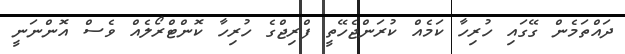
ދައްތަމެން ގޭގައި ހުރިހާ ކަމެއް ކުރަންޖެހޭތީ ފްރިޖްގެ ހުރިހާ ކޮންޓްރޯލެއް ވެސް އޮންނަނީ